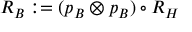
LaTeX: { \cal R } _ { B } : = ( p _ { B } \otimes p _ { B } ) \circ { \cal R } _ { H }